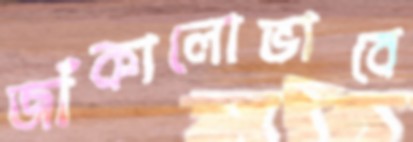
জাঁকালোভাবে